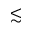
\lesssim